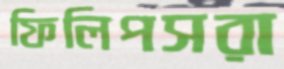
ফিলিপসরা